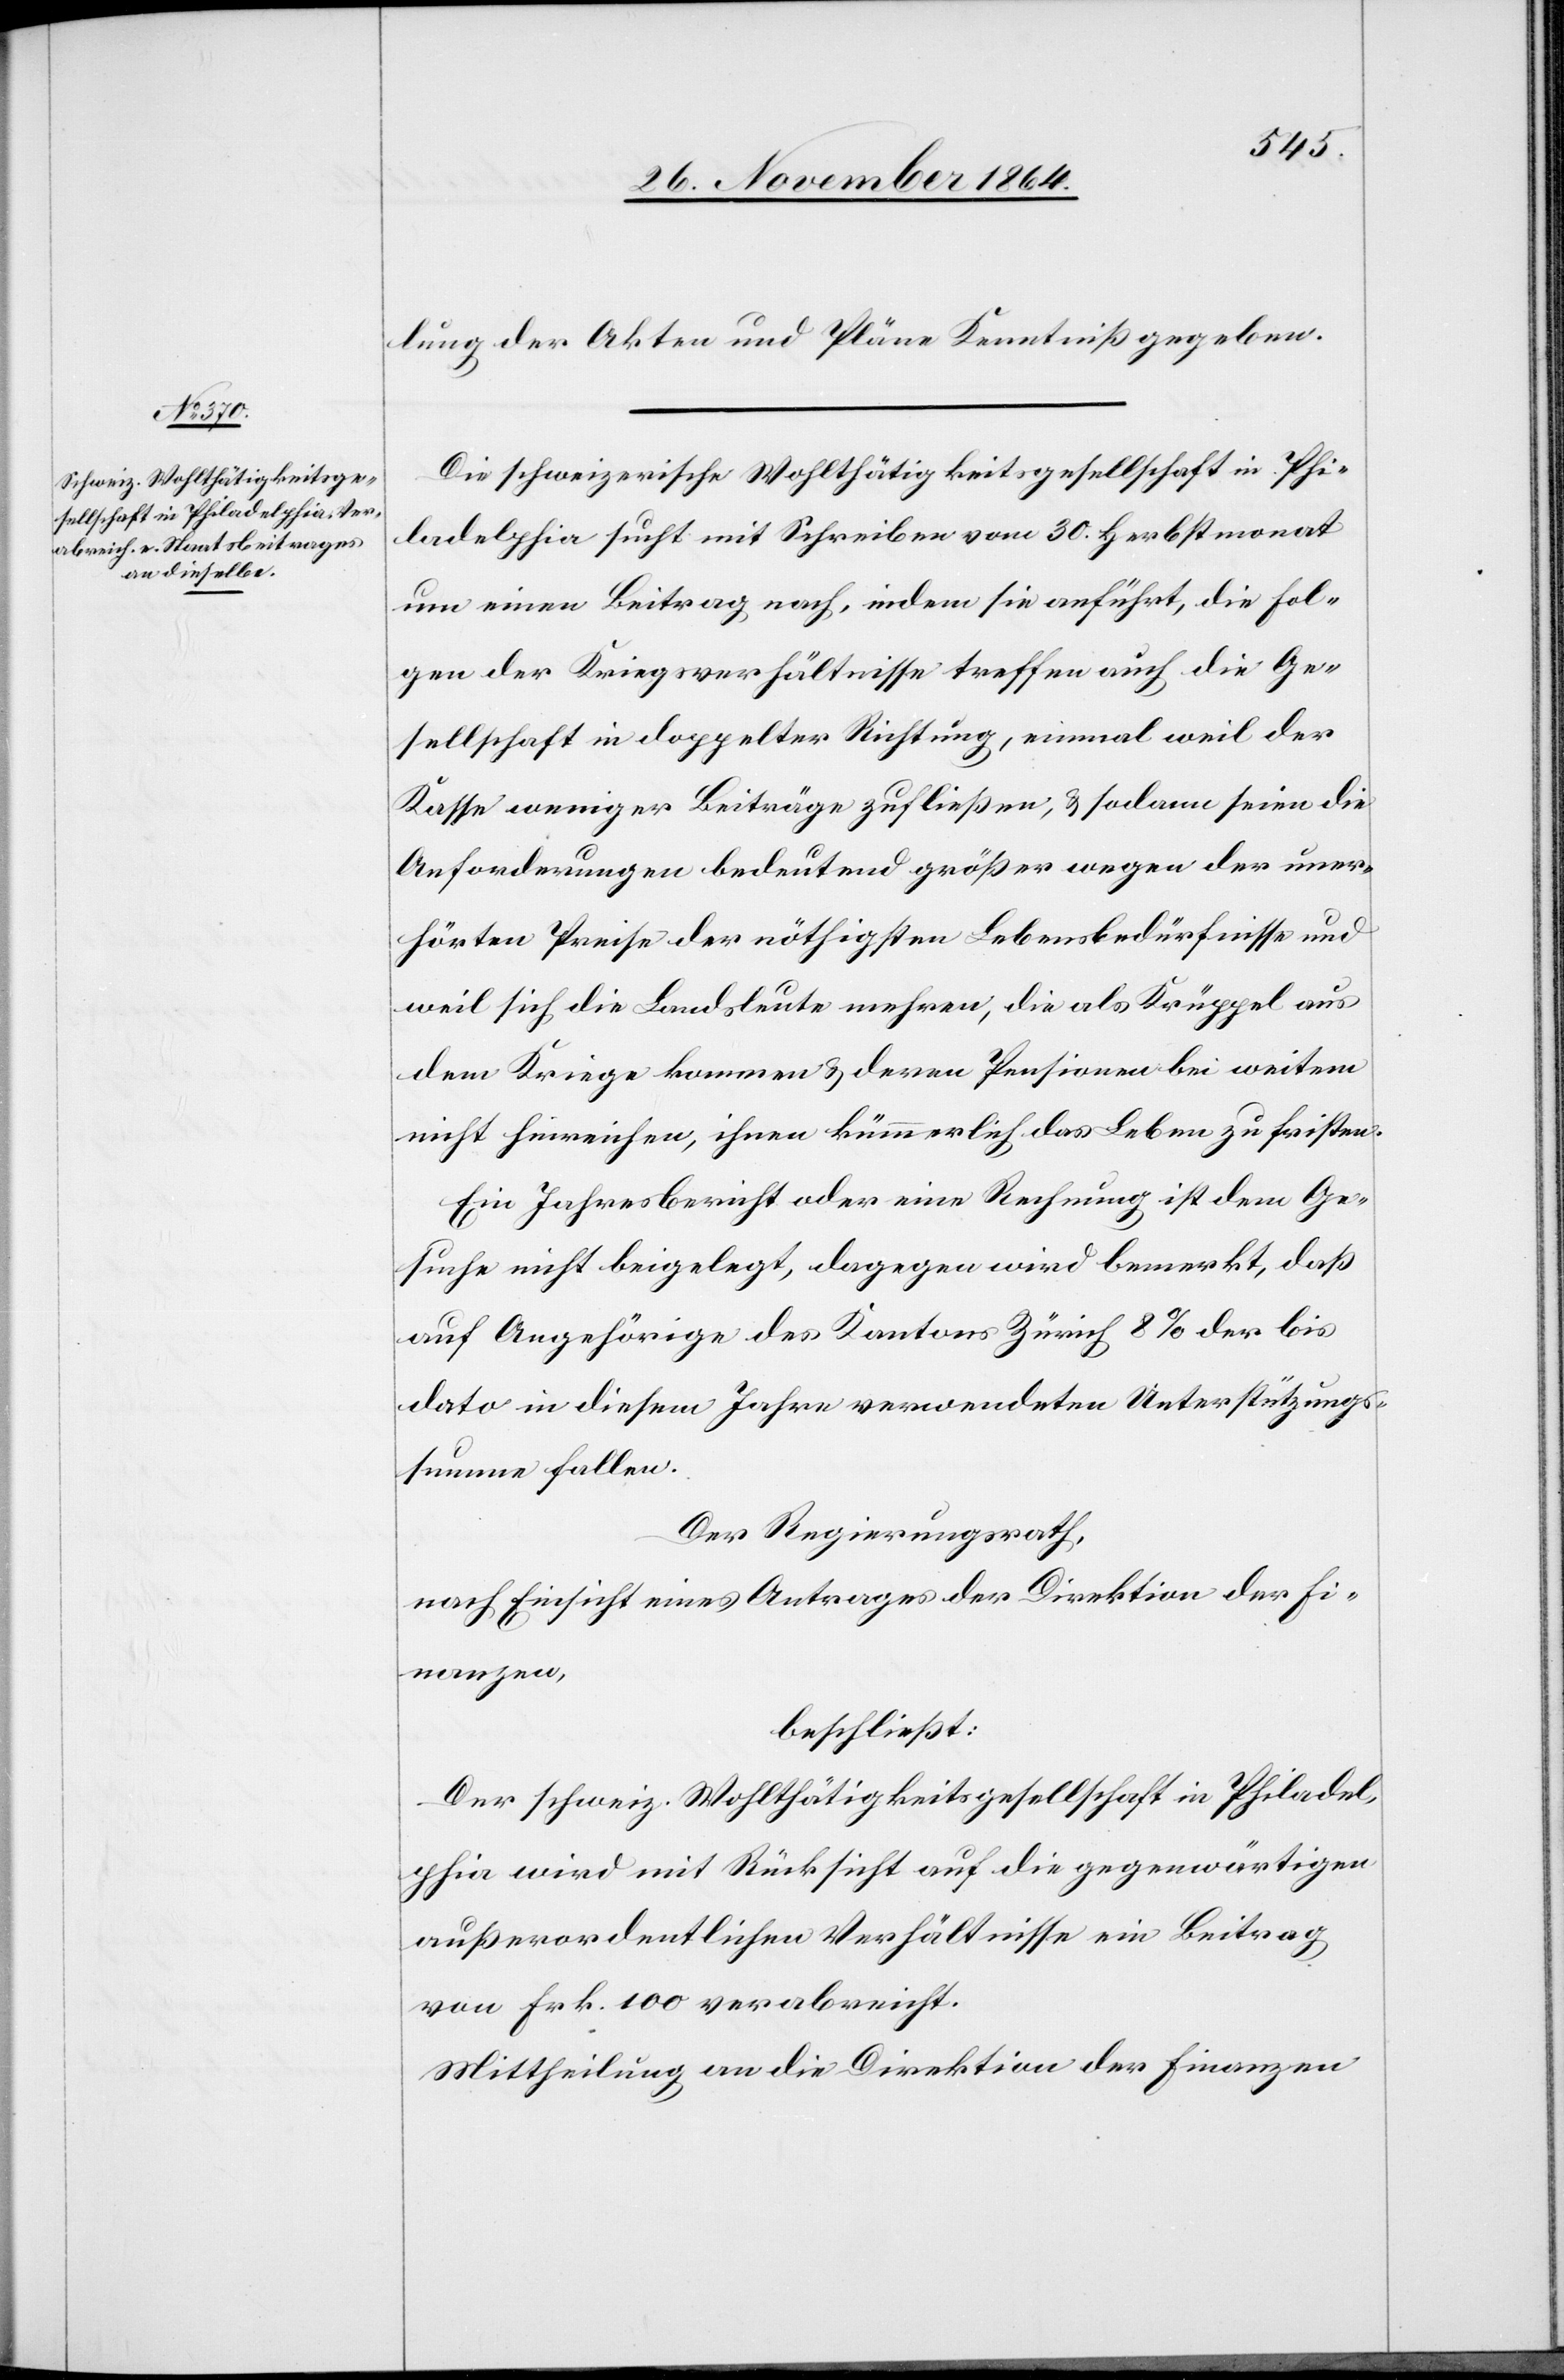
lung der Akten und Pläne Kenntniß gegeben.
Die schweizerische Wohlthätigkeitsgesellschaft in Phi¬
ladelphia sucht mit Schreiben vom 30. Herbstmonat
um einen Beitrag nach, indem sie anführt, die Fol¬
gen der Kriegsverhältnisse treffen auch die Ge¬
sellschaft in doppelter Richtung, einmal weil der
Kasse weniger Beiträge zufließen, & sodann seien die
Anforderungen bedeutend größer wegen der uner¬
hörten Preise der nöthigen Lebensbedürfnisse und
weil sich die Landsleute mehren, die als Krüppel aus
dem Kriege kommen & deren Pensionen bei weitem
nicht hinreichen, ihnen kümmerlich das Leben zu fristen.
Ein Jahresbericht oder eine Rechnung ist dem Ge¬
suche nicht beigelegt, dagegen wird bemerkt, daß
auf Angehörige des Kantons Zürich 8% der bis
dato in diesem Jahre verwendeten Unterhaltungs¬
summe fallen.
Der Regierungsrath,
nach Einsicht eines Antrages der Direktion der Fi¬
nanzen,
beschließt:
Der schweiz. Wohlthätigkeitsgesellschaft in Philadel¬
phia wird mit Rücksicht auf die gegenwärtigen
außerordentlichen Verhältnisse ein Beitrag
von Frk. 100 verabreicht.
Mittheilung an die Direktion der Finanzen